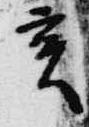
亥